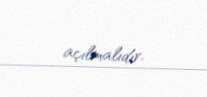
açılmalıdır.